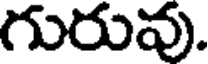
గురువు.